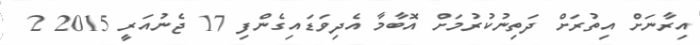
އިރާނަށް އިތުރަށް ދަތިނުކުރުމަށް އޮބާމާ އެދިވަޑައިގެންފި 17 ޖެނުއަރީ 2015 2